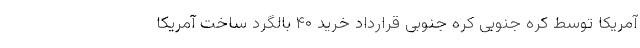
آمریکا توسط کره جنوبی کره جنوبی قرارداد خرید ۴۰ بالگرد ساخت آمریکا